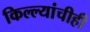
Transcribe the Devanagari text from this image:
किल्ल्यांचीही